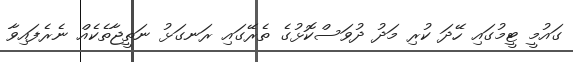
ގައުމީ ޓީމުގައި ހޭދަ ކުރި މަދު ދުވަސްކޮޅުގެ ތެރޭގައި ރަނގަޅު ނަތީޖާތެކެއް ނެރެފައިވާ